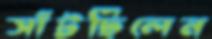
সাঁটছিলেন